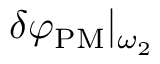
\delta \varphi _ { \mathrm { P M } } | _ { \omega _ { 2 } }